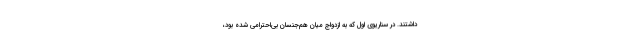
داشتند. در سناریوی اول که به ازدواج میان هم‌جنسان بی‌احترامی شده بود،